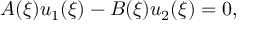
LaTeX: A ( \xi ) u _ { 1 } ( \xi ) - B ( \xi ) u _ { 2 } ( \xi ) = 0 ,